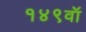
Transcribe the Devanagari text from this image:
१४९वॉ